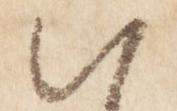
朝